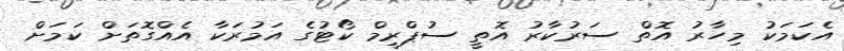
އެކަމަކު މިހާރު އޮތް ސަރުކާރު އޮތީ ސުޕްރީމް ކޯޓުގެ އަމުރަކާ އެއްގޮތަށް ކަމަށް